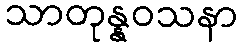
သာတုန္နဝသနာ